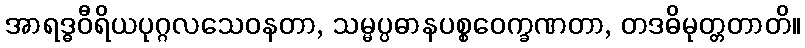
အာရဒ္ဓဝီရိယပုဂ္ဂလသေဝနတာ, သမ္မပ္ပဓာနပစ္စဝေက္ခဏတာ, တဒဓိမုတ္တတာတိ။